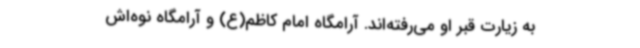
به زیارت قبر او می‌رفته‌اند. آرامگاه امام کاظم(ع) و آرامگاه نوه‌اش